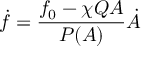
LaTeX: \dot { f } = \frac { f _ { 0 } - \chi Q A } { P ( A ) } \dot { A }